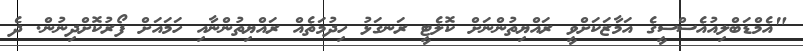
"އެމްޑަބްލިއުއެސްސީގެ އަމާޒަކަށްވީ ރައްޔިތުންނަށް ކޮލެޓީ ރަނގަޅު ހިދުމަތެއް ރައްޔިތުންނާއި ހަމައަށް ފޯރުކޮށްދިނުން. ދެ